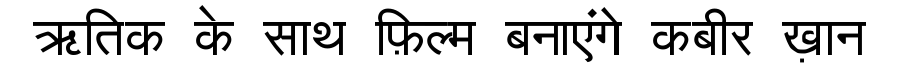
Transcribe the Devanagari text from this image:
ऋतिक के साथ फ़िल्म बनाएंगे कबीर ख़ान